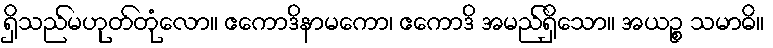
ရှိသည်မဟုတ်တုံလော။ ဧကောဒိနာမကော၊ ဧကောဒိ အမည်ရှိသော။ အယဉ္စ သမာဓိ။